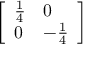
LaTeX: \left[ \begin{array} { l l } { { \frac { 1 } { 4 } } } & { 0 } \\ { 0 } & { - { \frac { 1 } { 4 } } } \end{array} \right]